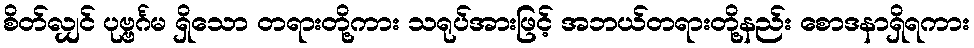
စိတ်လျှင် ပုဗ္ဗင်္ဂမ ရှိသော တရားတို့ကား သရုပ်အားဖြင့် အဘယ်တရားတို့နည်း စောဒနာရှိရကား